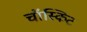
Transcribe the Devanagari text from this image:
चॉस्किट